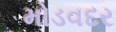
મોડવદર